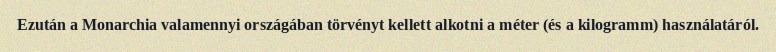
Ezután a Monarchia valamennyi országában törvényt kellett alkotni a méter (és a kilogramm) használatáról.